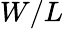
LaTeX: W/L